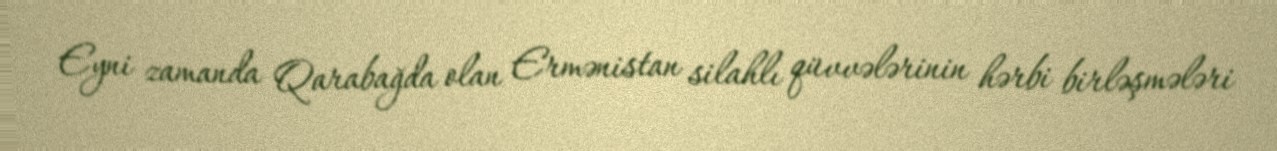
Eyni zamanda Qarabağda olan Ermənistan silahlı qüvvələrinin hərbi birləşmələri